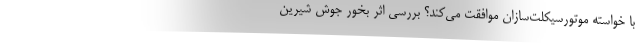
با خواسته موتورسیکلت‌سازان موافقت می‌کند؟ بررسی اثر بخور جوش شیرین